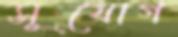
সূযোগ